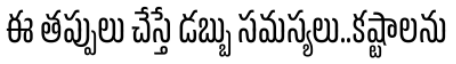
ఈ తప్పులు చేస్తే డబ్బు సమస్యలు..కష్టాలను